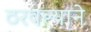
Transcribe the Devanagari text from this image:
ठरवल्याने